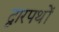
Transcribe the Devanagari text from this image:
द्वारपथों